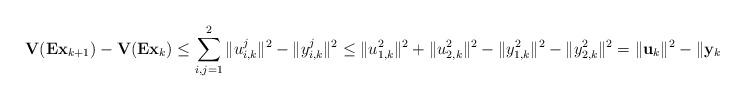
LaTeX: \begin{align*} \mathbf{V}(\mathbf{E}\mathbf{x}_{k+1})-\mathbf{V}(\mathbf{E}\mathbf{x}_{k})\leq \sum_{i,j=1}^2\|u_{i,k}^j\|^2-\|y_{i,k}^j\|^2 \leq \|u_{1,k}^2\|^2+\|u_{2,k}^2\|^2-\|y_{1,k}^2\|^2-\|y_{2,k}^2\|^2 =\|\mathbf{u}_k\|^2-\|\mathbf{y}_k\|^2,\end{align*}